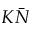
K \bar { N }